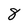
Character: 8